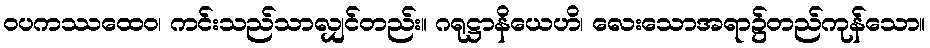
ဝပကဿထေဝ၊ ကင်းသည်သာလျှင်တည်း။ ဂရုဋ္ဌာနိယေဟိ၊ လေးသောအရာ၌တည်ကုန်သော။